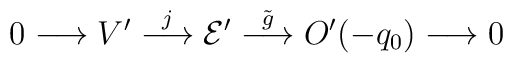
0 \longrightarrow V' \stackrel{j}{\longrightarrow}  {\cal E'}\stackrel{{\tilde g}}{\longrightarrow} O'(-q_0)\longrightarrow 0